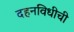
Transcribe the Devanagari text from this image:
दहनविधीची